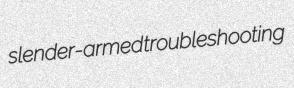
slender-armed troubleshooting